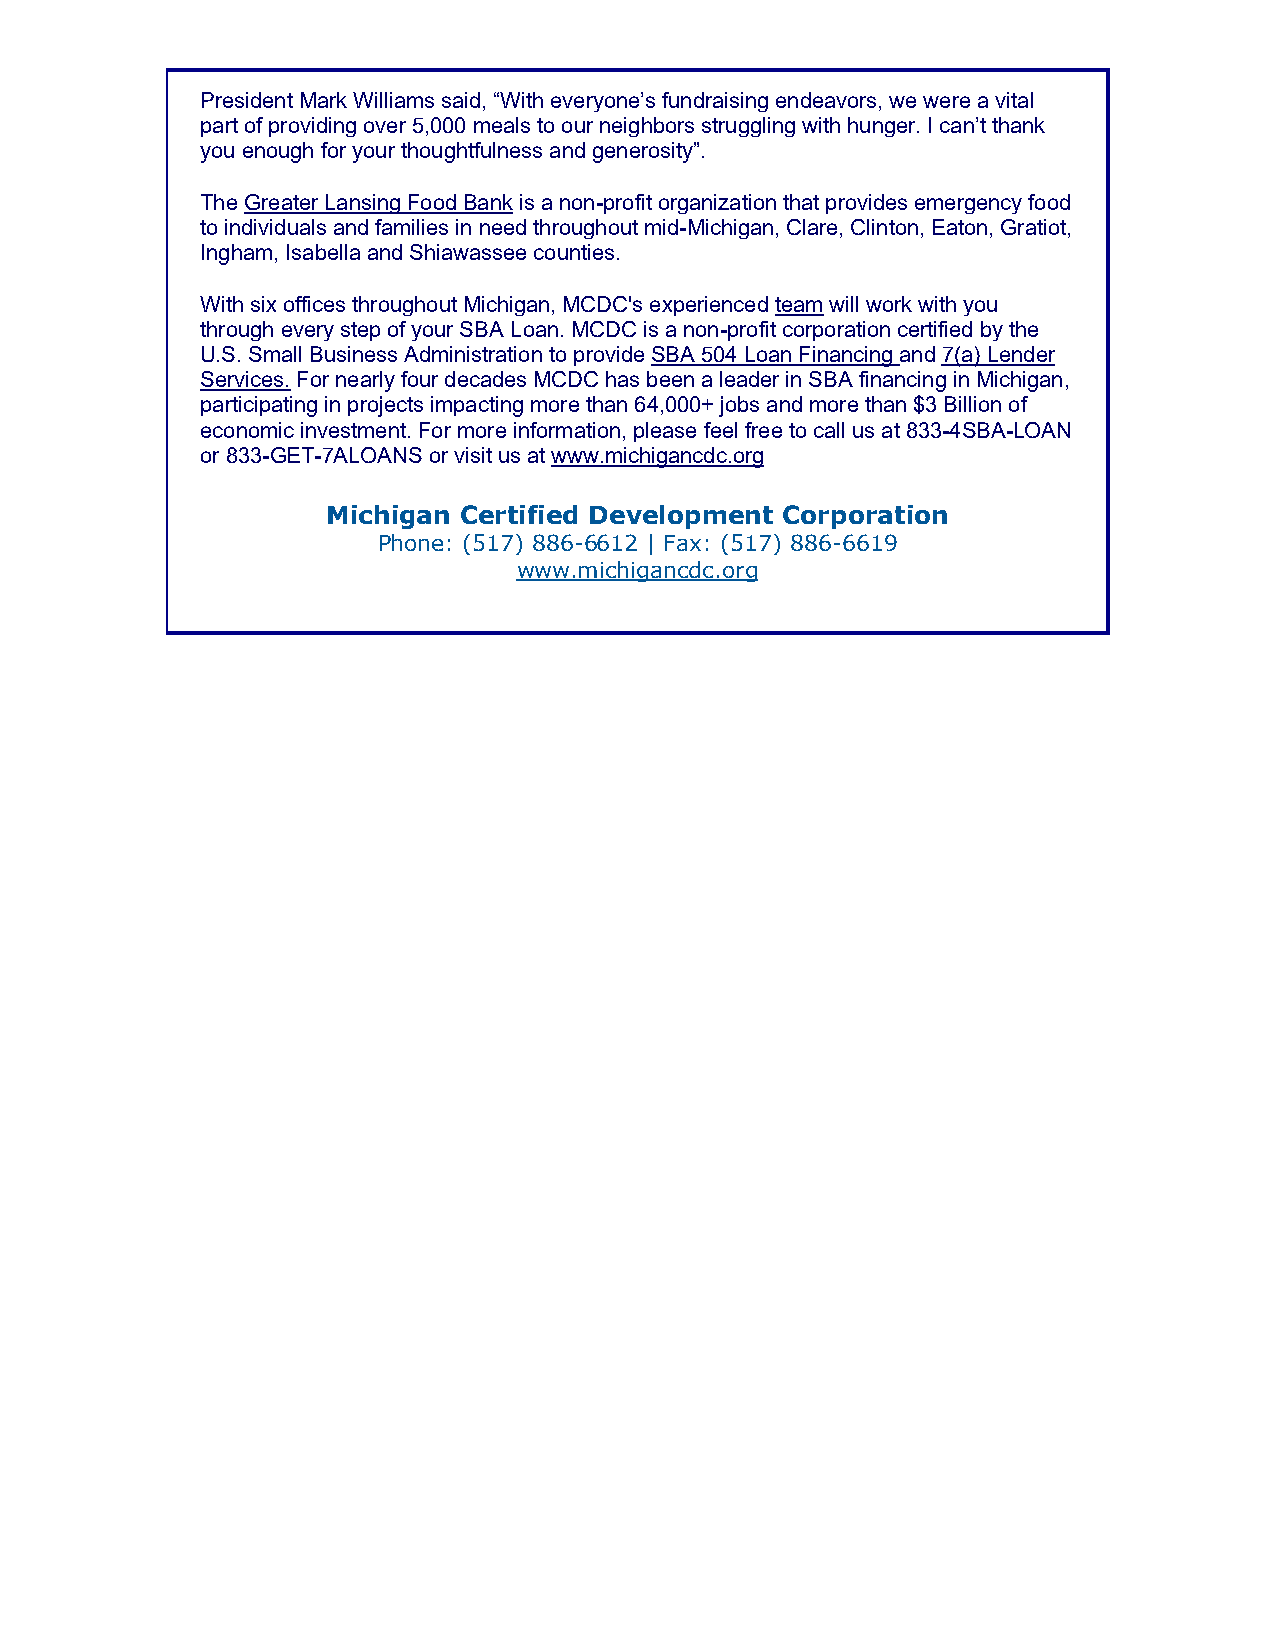
President Mark Williams said, “With everyone’s fundraising endeavors, we were a vital
 part of providing over 5,000 meals to our neighbors struggling with hunger. I can’t thank
 you enough for your thoughtfulness and generosity”.
 The Greater Lansing Food Bank is a non-profit organization that provides emergency food
 to individuals and families in need throughout mid-Michigan, Clare, Clinton, Eaton, Gratiot,
 Ingham, Isabella and Shiawassee counties.
 With six offices throughout Michigan, MCDC's experienced team will work with you
 through every step of your SBA Loan. MCDC is a non-profit corporation certified by the
 U.S. Small Business Administration to provide SBA 504 Loan Financing and 7(a) Lender
 Services. For nearly four decades MCDC has been a leader in SBA financing in Michigan,
 participating in projects impacting more than 64,000+ jobs and more than $3 Billion of
 economic investment. For more information, please feel free to call us at 833-4SBA-LOAN
 or 833-GET-7ALOANS or visit us at www.michigancdc.org
 Michigan Certified Development Corporation
 Phone: (517) 886-6612 | Fax: (517) 886-6619
 www.michigancdc.org